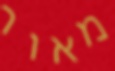
מאור